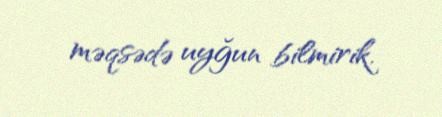
məqsədə uyğun bilmirik.